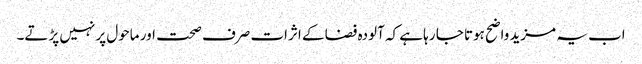
اب یہ مزید واضح ہوتا جا رہا ہے کہ آلودہ فضا کے اثرات صرف صحت اور ماحول پر نہیں پڑتے۔